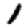
Digit: 1